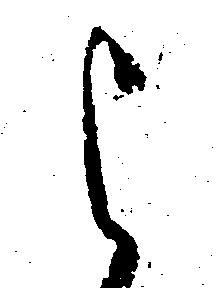
よ